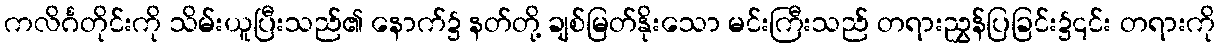
ကလိင်္ဂတိုင်းကို သိမ်းယူပြီးသည်၏ နောက်၌ နတ်တို့ ချစ်မြတ်နိုးသော မင်းကြီးသည် တရားညွှန်ပြခြင်း၌၎င်း တရားကို